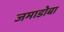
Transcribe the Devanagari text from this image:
जमाडोबा